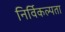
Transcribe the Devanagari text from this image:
निर्विकल्पता